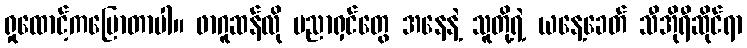
ရှုထောင့်ကပြောတာပါ။ ဖာဂူဆန်လို ပညာရှင်တွေ အနေနဲ့ သူတို့ရဲ့ ယနေ့ခေတ် သီအိုရီဆိုင်ရာ